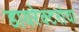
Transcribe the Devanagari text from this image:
डायरेक्टरांचा